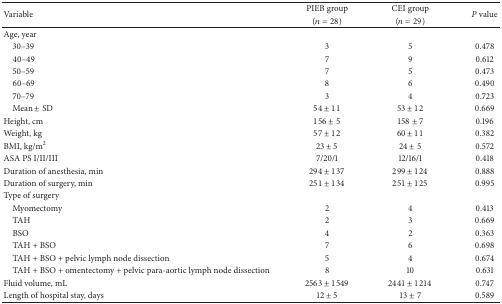
<table><thead><tr><td rowspan="2"><b>Variable</b></td><td><b>PIEB group </b></td><td><b>CEI group </b></td><td rowspan="2"><b><i>P</i> value</b></td></tr><tr><td><b>(<i>n</i> = 28)</b></td><td><b>(<i>n</i> = 29)</b></td></tr></thead><tbody><tr><td>Age, year</td><td> </td><td> </td><td> </td></tr><tr><td> 30–39</td><td>3</td><td>5</td><td>0.478</td></tr><tr><td> 40–49</td><td>7</td><td>9</td><td>0.612</td></tr><tr><td> 50–59</td><td>7</td><td>5</td><td>0.473</td></tr><tr><td> 60–69</td><td>8</td><td>6</td><td>0.490</td></tr><tr><td> 70–79</td><td>3</td><td>4</td><td>0.723</td></tr><tr><td> Mean ± SD</td><td>54 ± 11</td><td>53 ± 12</td><td>0.669</td></tr><tr><td>Height, cm</td><td>156 ± 5</td><td>158 ± 7</td><td>0.196</td></tr><tr><td>Weight, kg</td><td>57 ± 12</td><td>60 ± 11</td><td>0.382</td></tr><tr><td>BMI, kg/m<sup>2</sup></td><td>23 ± 5</td><td>24 ± 5</td><td>0.572</td></tr><tr><td>ASA PS I/II/III</td><td>7/20/1</td><td>12/16/1</td><td>0.418</td></tr><tr><td>Duration of anesthesia, min</td><td>294 ± 137</td><td>299 ± 124</td><td>0.888</td></tr><tr><td>Duration of surgery, min</td><td>251 ± 134</td><td>251 ± 125</td><td>0.995</td></tr><tr><td>Type of surgery</td><td> </td><td> </td><td> </td></tr><tr><td> Myomectomy</td><td>2</td><td>4</td><td>0.413</td></tr><tr><td> TAH</td><td>2</td><td>3</td><td>0.669</td></tr><tr><td> BSO</td><td>4</td><td>2</td><td>0.363</td></tr><tr><td> TAH + BSO</td><td>7</td><td>6</td><td>0.698</td></tr><tr><td> TAH + BSO + pelvic lymph node dissection</td><td>5</td><td>4</td><td>0.674</td></tr><tr><td> TAH + BSO + omentectomy + pelvic para-aortic lymph node dissection</td><td>8</td><td>10</td><td>0.631</td></tr><tr><td>Fluid volume, mL</td><td>2563 ± 1549</td><td>2441 ± 1214</td><td>0.747</td></tr><tr><td>Length of hospital stay, days</td><td>12 ± 5</td><td>13 ± 7</td><td>0.589</td></tr></tbody></table>